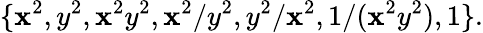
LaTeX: \{ \mathbf{x}^{2},y^{2},\mathbf{x}^{2}y^{2},\mathbf{x}^{2}/y^{2},y^{2}/\mathbf{x}^{2},1/(\mathbf{x}^{2}y^{2}),1\} .